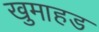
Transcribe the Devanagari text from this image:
खुमाहड